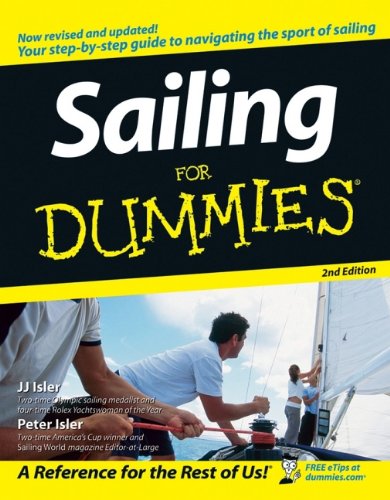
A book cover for Sailing For Dummies; J. J. Isler; Sports & Outdoors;